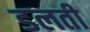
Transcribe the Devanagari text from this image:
डलती